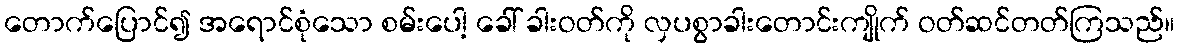
တောက်ပြောင်၍ အရောင်စုံသော စမ်းပေါ့ ခေါ် ခါးဝတ်ကို လှပစွာခါးတောင်းကျိုက် ဝတ်ဆင်တတ်ကြသည်။